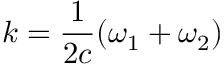
k = \frac { 1 } { 2 c } ( \omega _ { 1 } + \omega _ { 2 } )